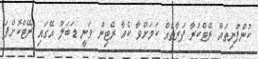
ކުންފުނިތައް ރޭޓްކުރާ ފަރާތެއް ކަމަށްވާ ކެއާ ރޭޓިން ވަނީ ޑަބަލް އޭގައި ރޭޓްކޮށްފަ